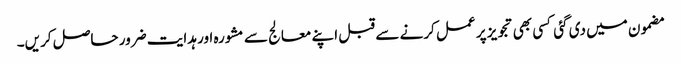
مضمون میں دی گئی کسی بھی تجویز پر عمل کرنے سے قبل اپنے معالج سے مشورہ اور ہدایت ضرور حاصل کریں۔